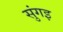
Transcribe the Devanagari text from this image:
सुंगइ